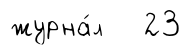
журна́л 23